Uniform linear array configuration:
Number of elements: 48
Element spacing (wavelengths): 0.5
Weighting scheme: uniform
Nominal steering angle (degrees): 60
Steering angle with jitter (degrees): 61.544
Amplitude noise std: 0.05
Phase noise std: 0.05

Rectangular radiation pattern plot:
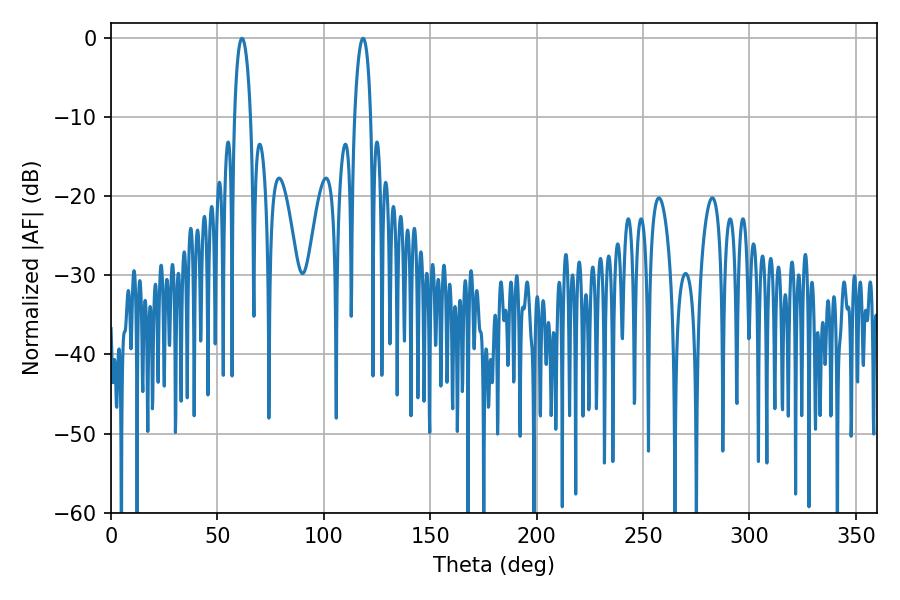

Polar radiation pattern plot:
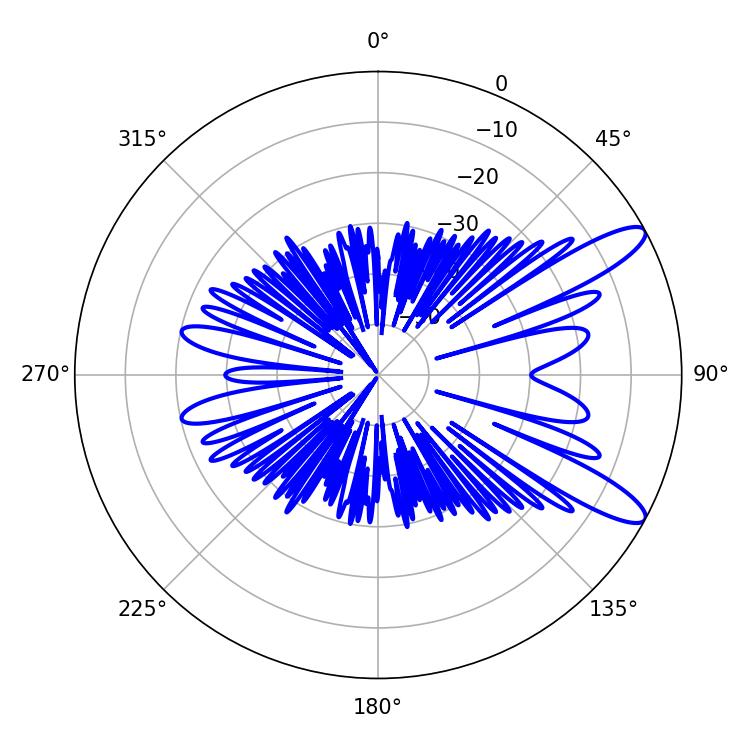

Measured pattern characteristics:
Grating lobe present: FALSE
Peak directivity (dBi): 11.238
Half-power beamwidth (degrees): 4.14
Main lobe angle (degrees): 61.56